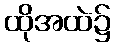
ထိုအထဲ၌